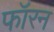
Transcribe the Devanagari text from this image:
फॉरन